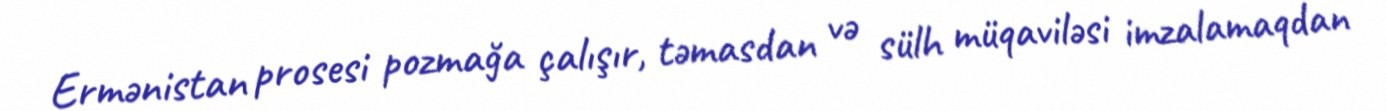
Ermənistan prosesi pozmağa çalışır, təmasdan və sülh müqaviləsi imzalamaqdan